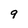
Character: 9